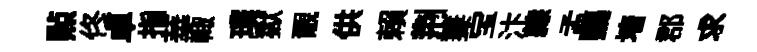
㸃佟卓指華輙璞獄覼供賴荆萋宝汴隷孟鸚墻郡求